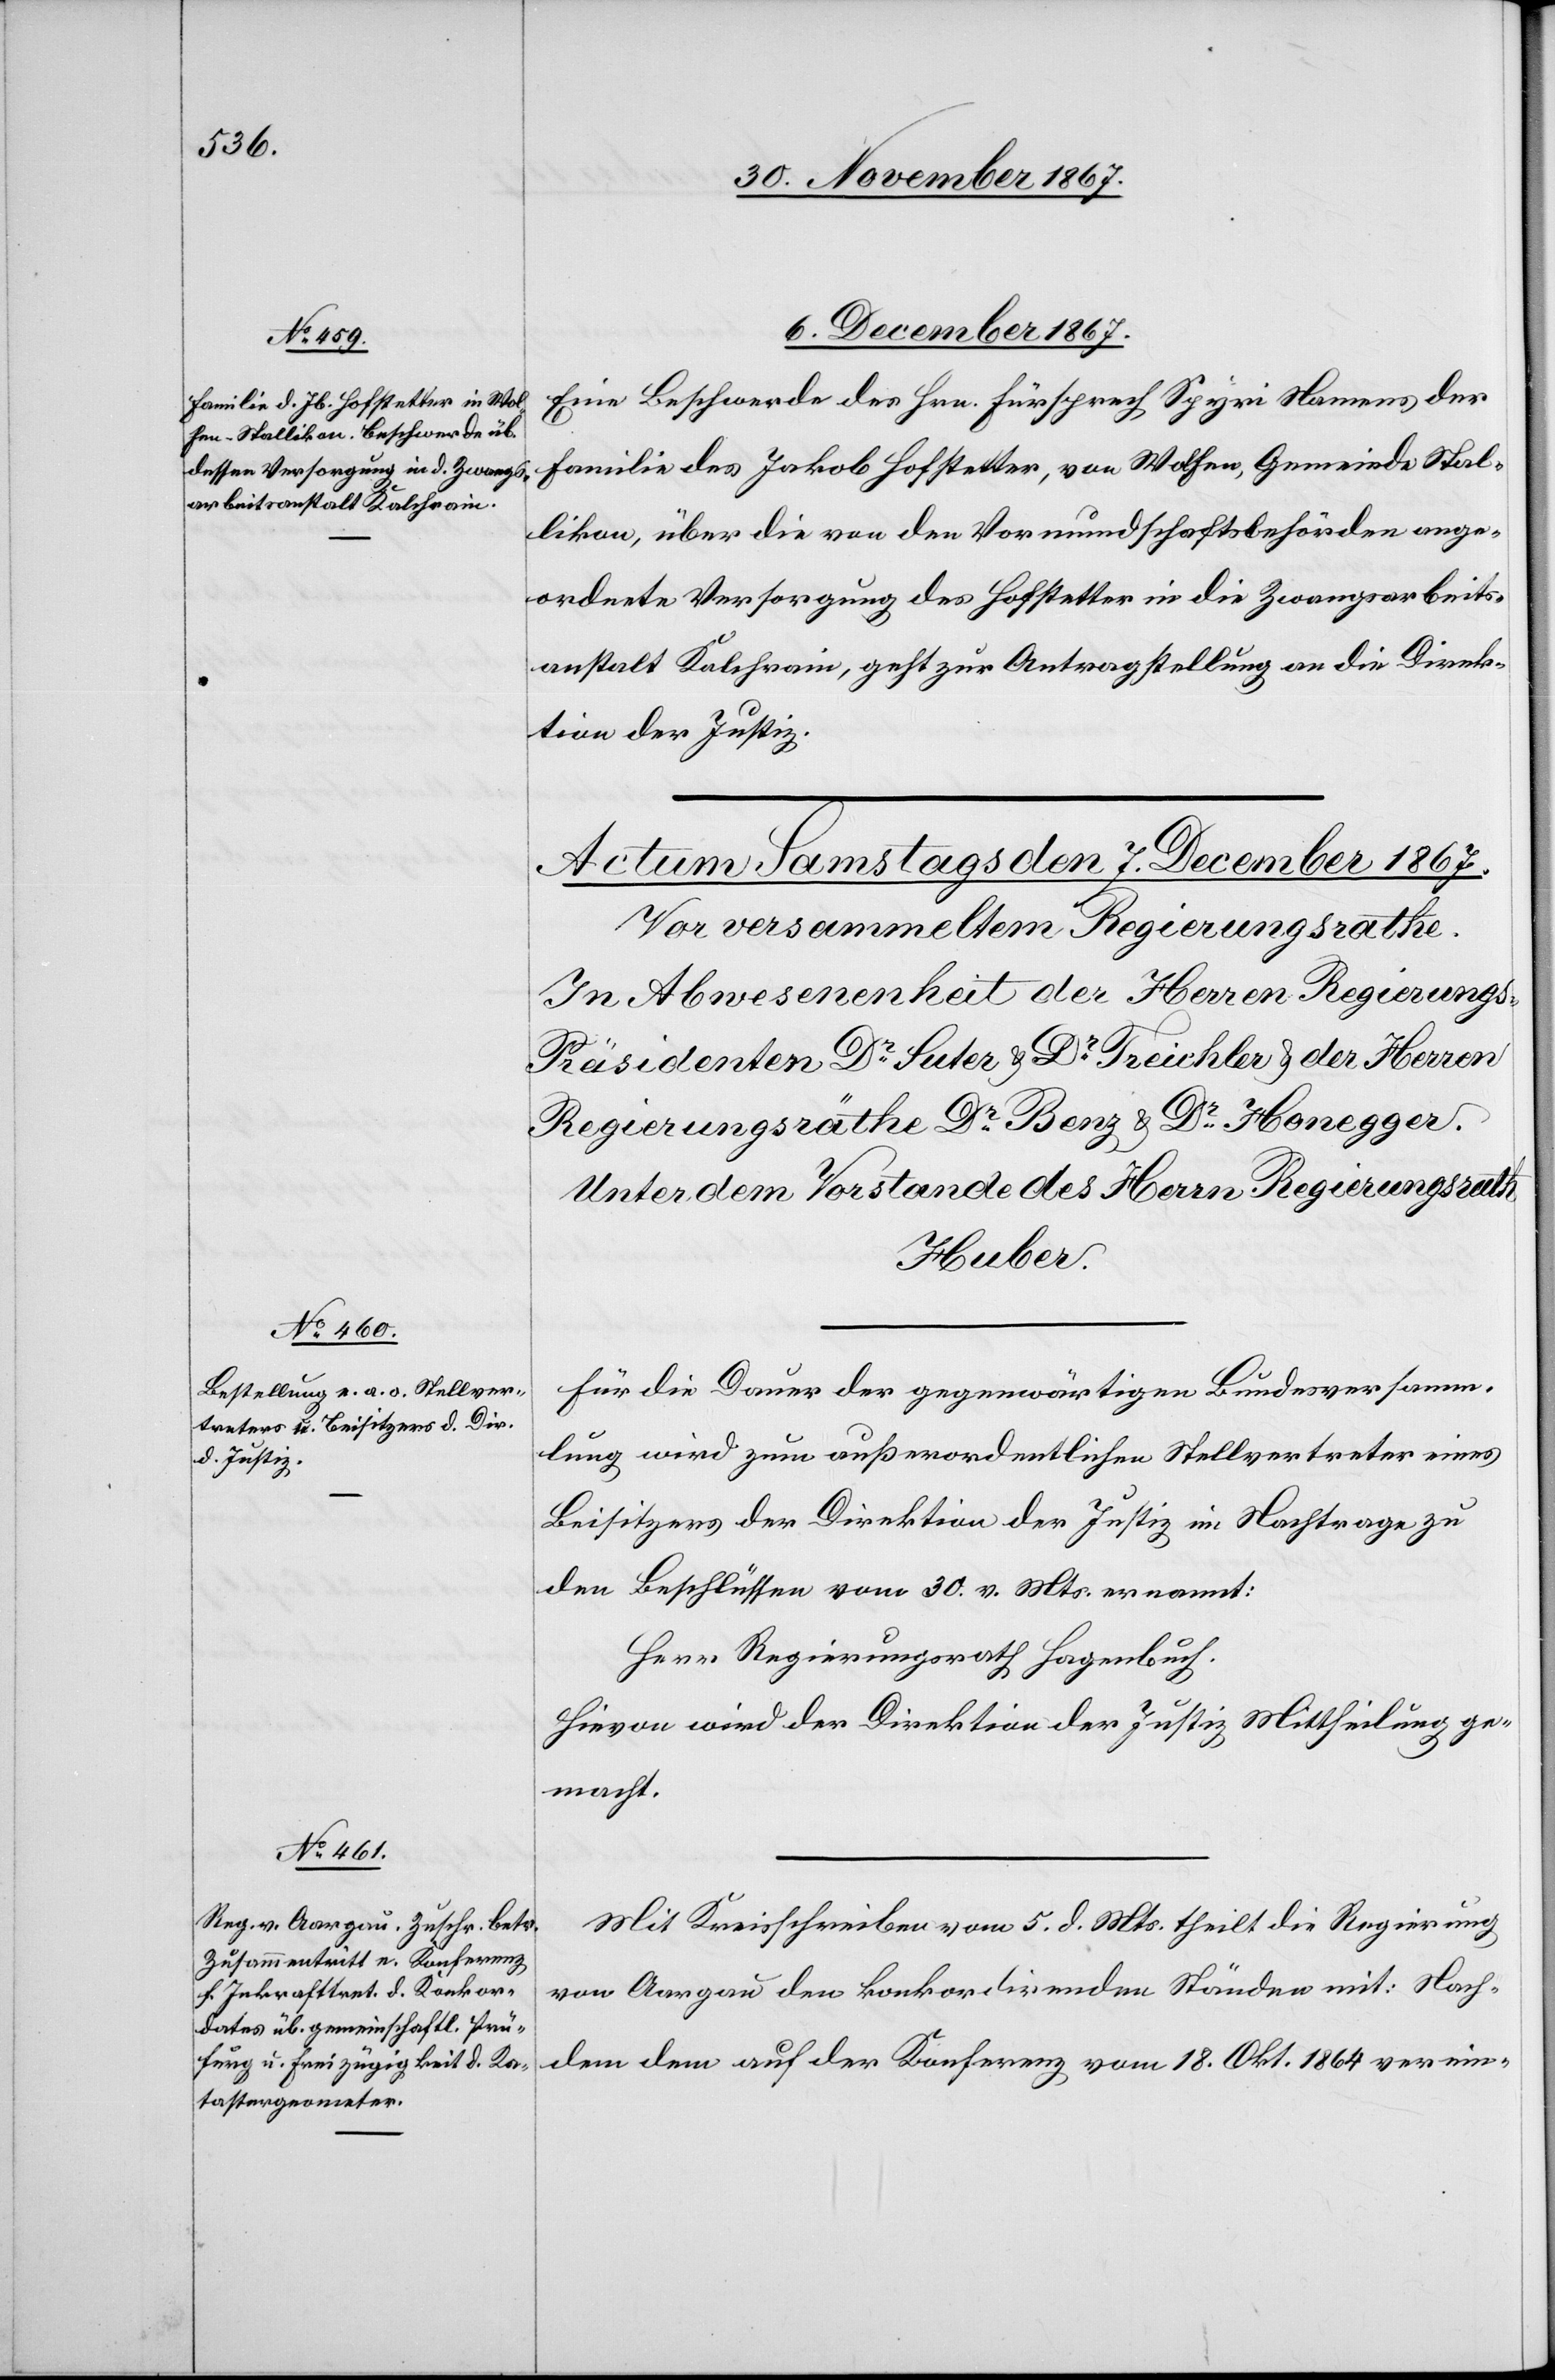
Hrn. Reg.

6. December 1867.
Eine Beschwerde des Hrn. Fürsprech Spyri Namens der
Familie des Jakob Hofstetter, von Wolfen, Gemeinde Stal¬
likon, über die von den Vormundschaftsbehörden ange¬
ordnete Versorgung des Hofstetter in die Zwangsarbeits¬
anstalt Kalchrain, geht zur Antragstellung an die Direk¬
tion der Justiz.
Für die Dauer der gegenwärtigen Bundesversamm¬
lung wird zum außerordentlichen Stellvertreter eines
Beisitzers der Direktion der Justiz im Nachtrage zu
den Beschlüssen vom 30. v. Mts. ernannt:
Herr Regierungsrath Hagenbuch.
Hievon wird der Direktion der Justiz Mittheilung ge¬
macht.
Mit Kreisschreiben vom 5. d. Mts. theilt die Regierung
von Aargau den konkordirenden Ständen mit: Nach¬
dem dem auf der Konferenz vom 18. Okt 1864 verein-